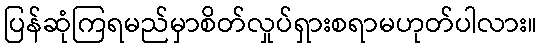
ပြန်ဆုံကြရမည်မှာစိတ်လှုပ်ရှားစရာမဟုတ်ပါလား။